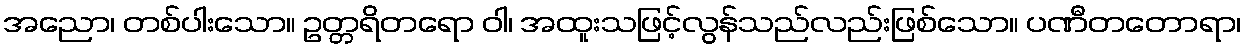
အညော၊ တစ်ပါးသော။ ဥတ္တရိတရော ဝါ၊ အထူးသဖြင့်လွန်သည်လည်းဖြစ်သော။ ပဏီတတောရာ၊